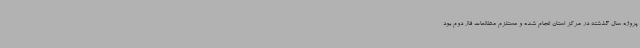
پروژه سال گذشته در مرکز استان انجام شده و مستلزم مطالعات فاز دوم بود